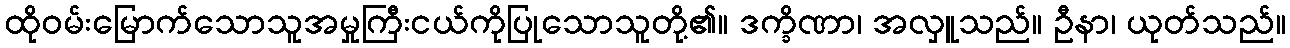
ထိုဝမ်းမြောက်သောသူအမှုကြီးငယ်ကိုပြုသောသူတို့၏။ ဒက္ခိဏာ၊ အလှူသည်။ ဦနာ၊ ယုတ်သည်။